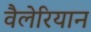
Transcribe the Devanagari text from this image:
वैलेरियान